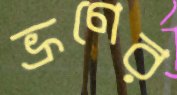
ভ্রূণের